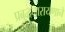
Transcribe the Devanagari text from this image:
प्रब्रुद्धनारायणाने